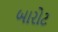
બારોટ